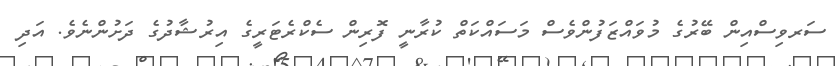
ސަރވިސްއިން ބޭރުގެ މުވައްޒަފުންވެސް މަސައްކަތް ކުރާނީ ފޮރިން ސެކްރެޓަރީގެ އިރުޝާދުގެ ދަށުންނެވެ. އަދި